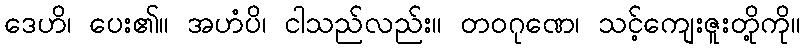
ဒေဟိ၊ ပေး၏။ အဟံပိ၊ ငါသည်လည်း။ တဝဂုဏေ၊ သင့်ကျေးဇူးတို့ကို။